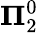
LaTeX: \mathbf{\Pi}_{2}^{0}